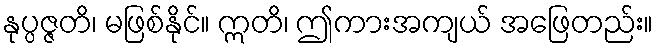
နုပ္ပဇ္ဇတိ၊ မဖြစ်နိုင်။ ဣတိ၊ ဤကားအကျယ် အဖြေတည်း။